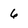
Character: 6